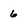
Character: 6